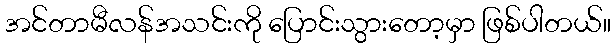
အင်တာမီလန်အသင်းကို ပြောင်းသွားတော့မှာ ဖြစ်ပါတယ်။